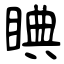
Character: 睓